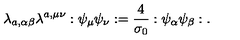
\lambda _ { a , \alpha \beta } \lambda ^ { a , \mu \nu } : \psi _ { \mu } \psi _ { \nu } : = \frac { 4 } { \sigma _ { 0 } } : \psi _ { \alpha } \psi _ { \beta } : .